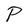
Character: P